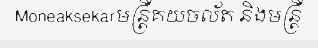
Moneaksekarមន្ត្រីគយចល័ត និងមន្ត្រី